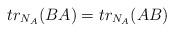
LaTeX: \begin{align*}tr_{N_A}(BA)=tr_{N_A}(AB)\end{align*}